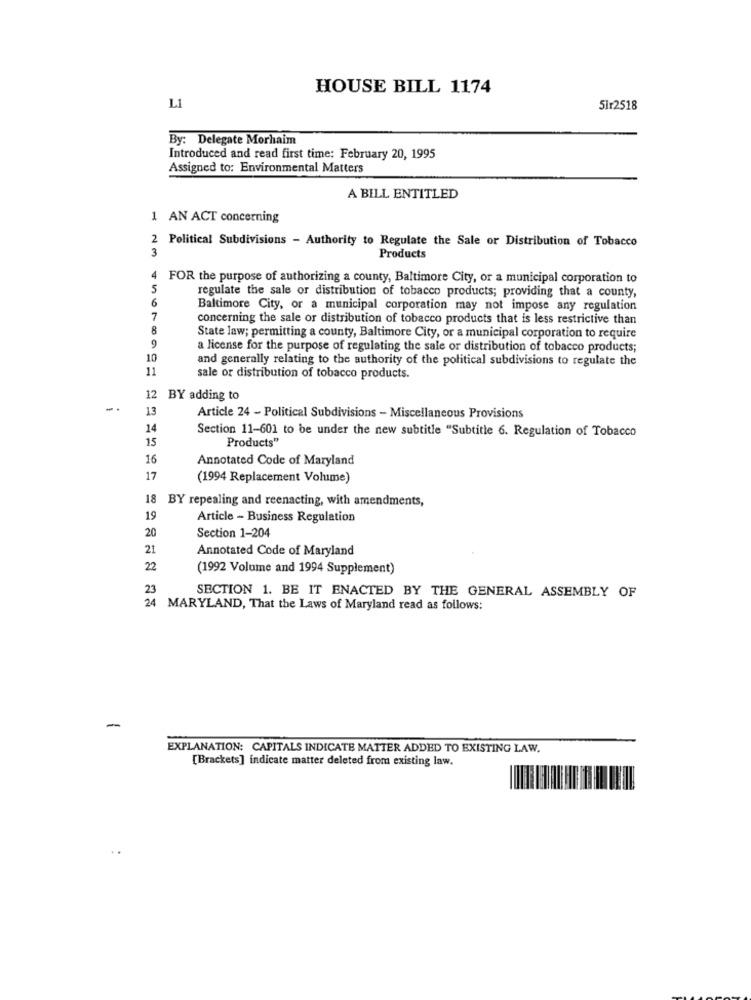
HOUSE BILL 1174
L1
51r2518
By: Delegate Morhaim
Introduced and read first time: February 20, 1995
Assigned to: Environmental Matters
A BILL ENTITLED
1 AN ACT concerning
2 Political Subdivisions - Authority to Regulate the Sale or Distribution of Tobacco
3
Products
4
FOR the purpose of authorizing a county, Baltimore City, or a municipal corporation to
5
regulate the sale or distribution of tobacco products; providing that a county,
6
Baltimore City, or a municipal corporation may not impose any regulation
7
concerning the sale or distribution of tobacco products that is less restrictive than
8
9
State law; permitting a county, Baltimore City, or a municipal corporation to require
a license for the purpose of regulating the sale or distribution of tobacco products;
10
and generally relating to the authority of the political subdivisions to regulate the
11
sale or distribution of tobacco products.
12 BY adding to
-.
13
Article 24 - Political Subdivisions - Miscellaneous Provisions
14
Section 11-601 to be under the new subtitle "Subtitle 6. Regulation of Tobacco
15
Products"
16
Annotated Code of Maryland
17
(1994 Replacement Volume)
18
BY repealing and reenacting, with amendments,
19
Article - Business Regulation
20
Section 1-204
21
Annotated Code of Maryland
22
(1992 Volume and 1994 Supplement)
23
SECTION 1. BE IT ENACTED BY THE GENERAL ASSEMBLY OF
24 MARYLAND, That the Laws of Maryland read as follows:
-
EXPLANATION: CAPITALS INDICATE MATTER ADDED TO EXISTING LAW.
[Brackets] indicate matter deleted from existing law.